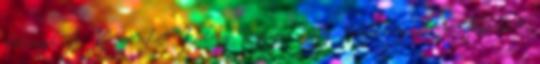
füvezik A Kensington Palota tagadja, hogy feszültség lenne Katalin